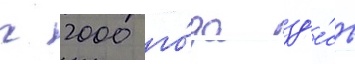
с 2000 го́да зд'е́сь